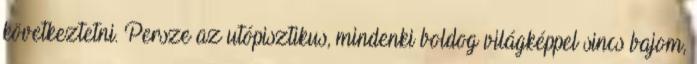
következtetni. Persze az utópisztikus, mindenki boldog világképpel sincs bajom,